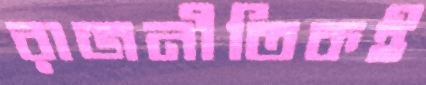
রাজনীতিকই